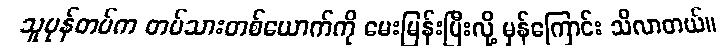
သူပုန်တပ်က တပ်သားတစ်ယောက်ကို မေးမြန်းပြီးလို့ မှန်ကြောင်း သိလာတယ်။